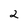
Character: 2